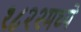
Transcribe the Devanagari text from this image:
१८२२मध्ये